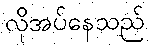
လိုအပ်နေသည်